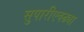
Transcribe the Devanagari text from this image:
सुपारीएवढ्या